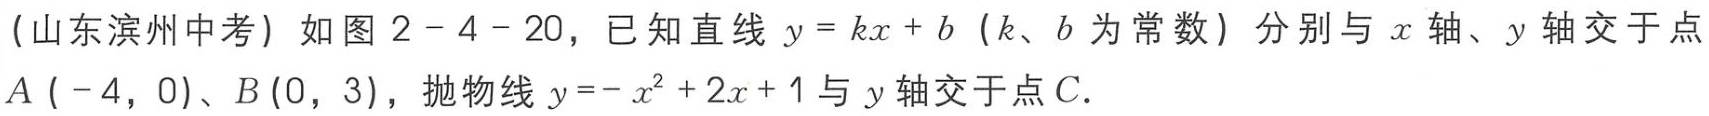
(山东滨州中考) 如图 2 - 4 - 20，已知直线 \(y = kx + b\)（\(k、b\)为常数）分别与 \(x\) 轴、\(y\) 轴交于点\(A\ (-4,0)\)、\(B(0,3)\)，抛物线 \(y=-x^{2}+2x + 1\) 与 \(y\) 轴交于点 \(C\).